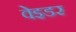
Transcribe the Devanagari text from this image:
वेइडर